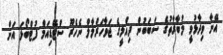
އޭނާ ވިދާޅުވީ މުބާރާތުގެ ސަބަބުން ދިއްލީގެ ޖަވާހަރްލާލް ނެހެރޫ ސްޓޭޑިއަމް ފުޓްބޯޅަ އަށް